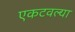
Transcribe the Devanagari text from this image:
एकटवल्या